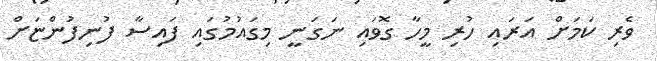
ވެރި ކަމަށް އަރައި ހުރި މީހާ ގޮވައި ނަގަނީ މިގައުމުގައި ފައިސާ ފުނިފުންޏަށް